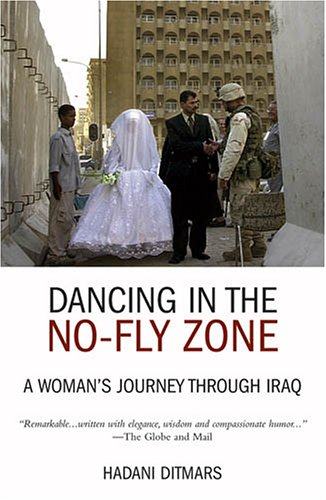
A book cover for Dancing in the No-fly Zone: A Woman's Journey Through Iraq; Hadani Ditmars; Travel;